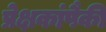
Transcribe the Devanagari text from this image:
प्रेक्षकांपैकी